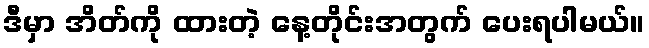
ဒီမှာ အိတ်ကို ထားတဲ့ နေ့တိုင်းအတွက် ပေးရပါမယ်။